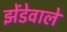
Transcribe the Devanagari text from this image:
झेंडेवाले